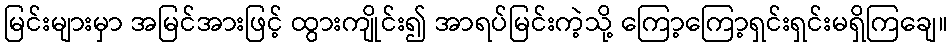
မြင်းများမှာ အမြင်အားဖြင့် ထွားကျိုင်း၍ အာရပ်မြင်းကဲ့သို့ ကြော့ကြော့ရှင်းရှင်းမရှိကြချေ။